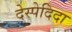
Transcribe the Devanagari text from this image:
देस्पेदिदा